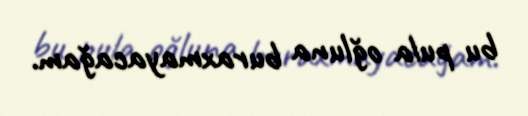
bu pula oğluna buraxmayacağam.